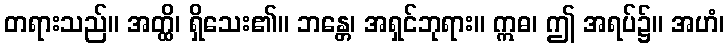
တရားသည်။ အတ္ထိ၊ ရှိသေး၏။ ဘန္တေ၊ အရှင်ဘုရား။ ဣဓ၊ ဤ အရပ်၌။ အဟံ၊